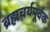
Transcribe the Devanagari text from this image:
ब्रह्मचर्यपूर्वक